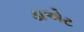
ડાએટ